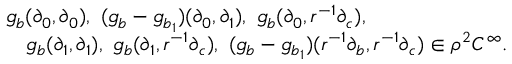
\begin{array} { r l } & { g _ { b } ( \partial _ { 0 } , \partial _ { 0 } ) , \ ( g _ { b } - g _ { b _ { 1 } } ) ( \partial _ { 0 } , \partial _ { 1 } ) , \ g _ { b } ( \partial _ { 0 } , r ^ { - 1 } \partial _ { c } ) , } \\ & { \quad g _ { b } ( \partial _ { 1 } , \partial _ { 1 } ) , \ g _ { b } ( \partial _ { 1 } , r ^ { - 1 } \partial _ { c } ) , \ ( g _ { b } - g _ { b _ { 1 } } ) ( r ^ { - 1 } \partial _ { b } , r ^ { - 1 } \partial _ { c } ) \in \rho ^ { 2 } C ^ { \infty } . } \end{array}